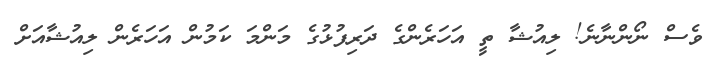
ވެސް ނޯންނާނެ! ލިއުޝާ ތީ އަހަރެންގެ ދަރިފުޅުގެ މަންމަ ކަމުން އަހަރެން ލިއުޝާއަށް